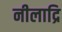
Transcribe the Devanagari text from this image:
नीलाद्रि